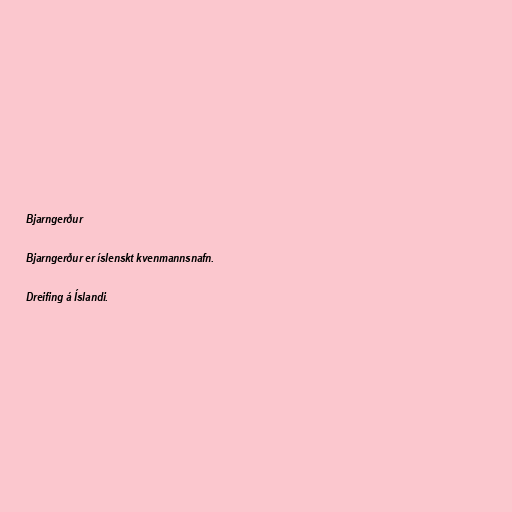
Bjarngerður

Bjarngerður er íslenskt kvenmannsnafn.

Dreifing á Íslandi.